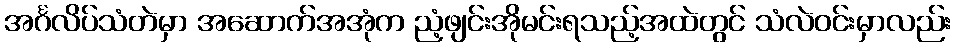
အင်္ဂလိပ်သံတဲမှာ အဆောက်အအုံက ညံ့ဖျင်းအိုမင်းရသည့်အထဲတွင် သံလဲဝင်းမှာလည်း